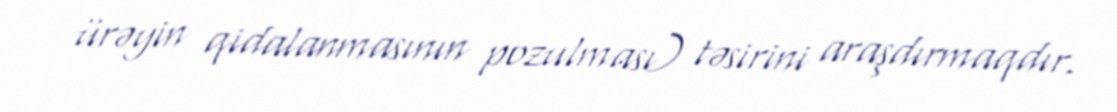
ürəyin qidalanmasının pozulması) təsirini araşdırmaqdır.